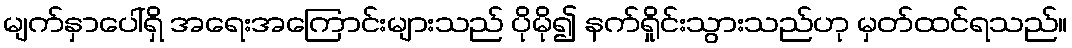
မျက်နှာပေါ်ရှိ အရေးအကြောင်းများသည် ပိုမို၍ နက်ရှိုင်းသွားသည်ဟု မှတ်ထင်ရသည်။